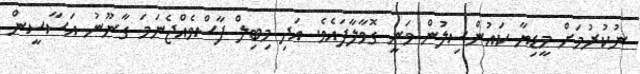
ނުކުރުމަށް މީޑިޔާ ކައުންސިލުން ވަނީ ގޮވާލާފައެވެ. އަދި މިބިލް ފާސްވެއްޖެނަމަ ގާނޫނު އަސާސީން